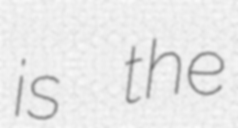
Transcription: is the